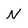
Character: N